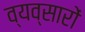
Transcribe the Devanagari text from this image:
व्यव्सारों